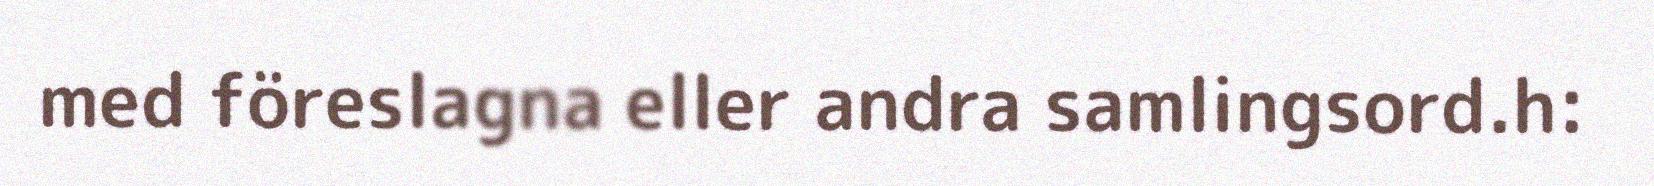
med föreslagna eller andra samlingsord.h: